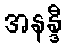
အနန္ဒီ